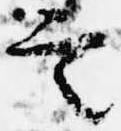
言